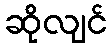
ဆိုလျင်